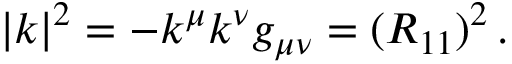
| k | ^ { 2 } = - k ^ { \mu } k ^ { \nu } g _ { \mu \nu } = ( R _ { 1 1 } ) ^ { 2 } \, .